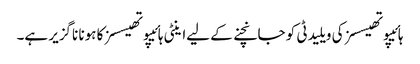
ہائیپوتھیسسز کی ویلیدٹی کو جانچنے کے لیےاینٹی ہائیپوتھیسسز کا ہونا ناگزیر ہے۔